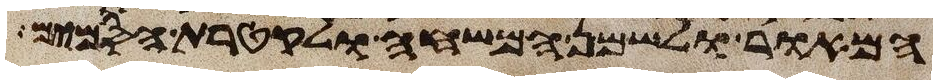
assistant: המאור לשמן המשחה ולקטרת הסמים